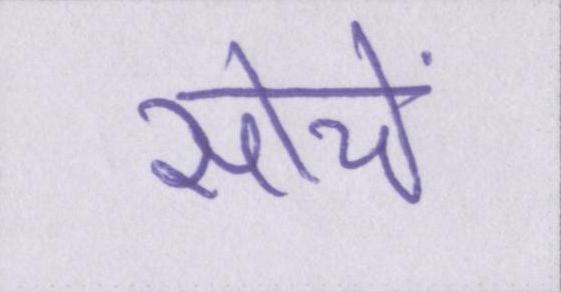
सोचें